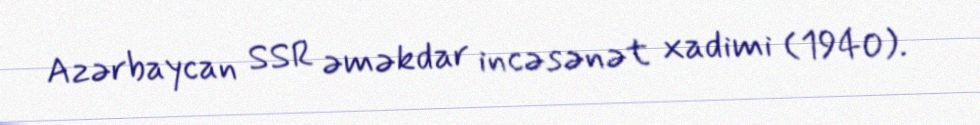
Azərbaycan SSR əməkdar incəsənət xadimi (1940).